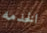
الخدمه